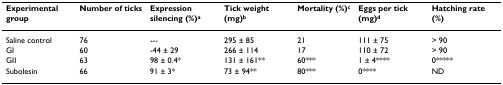
<table><thead><tr><td><b>Experimental group</b></td><td><b>Number of ticks</b></td><td><b>Expression silencing (%)<sup>a</sup></b></td><td><b>Tick weight (mg)<sup>b</sup></b></td><td><b>Mortality (%)<sup>c</sup></b></td><td><b>Eggs per tick (mg)<sup>d</sup></b></td><td><b>Hatching rate (%)</b></td></tr></thead><tbody><tr><td>Saline control</td><td>76</td><td>---</td><td>295 ± 85</td><td>21</td><td>111 ± 75</td><td>&gt; 90</td></tr><tr><td>GI</td><td>60</td><td>-44 ± 29</td><td>266 ± 114</td><td>17</td><td>110 ± 72</td><td>&gt; 90</td></tr><tr><td>GII</td><td>63</td><td>98 ± 0.4*</td><td>131 ± 161**</td><td>60***</td><td>1 ± 4****</td><td>0*****</td></tr><tr><td>Subolesin</td><td>66</td><td>91 ± 3*</td><td>73 ± 94**</td><td>80***</td><td>0****</td><td>ND</td></tr></tbody></table>